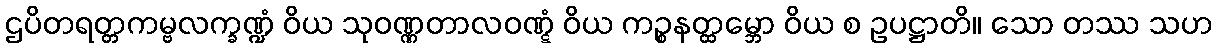
ဌပိတရတ္တကမ္ဗလက္ခဏ္ဍံ ဝိယ သုဝဏ္ဏတာလဝဏ္ဋံ ဝိယ ကဉ္စနတ္ထမ္ဘော ဝိယ စ ဥပဋ္ဌာတိ။ သော တဿ သဟ